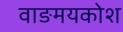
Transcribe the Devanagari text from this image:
वाङमयकोश